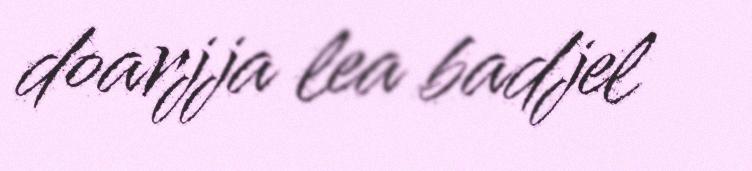
doarjja lea badjel